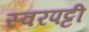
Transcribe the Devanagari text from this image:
स्वरपट्टी